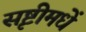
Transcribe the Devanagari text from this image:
सृष्टीमधें